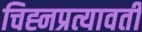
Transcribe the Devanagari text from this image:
चिह्नप्रत्यावर्ती